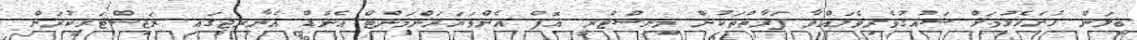
ބީލަން ހުށަހެޅުމަށް ޝައުޤުވެރިވެލައްވާ ފަރާތްތަކުން މިނިސްޓްރީ އޮފް އެންވަޔަރަންމަންޓް އެންޑް އެނާރޖީގައި ރަޖިސްޓަރީކުރަން